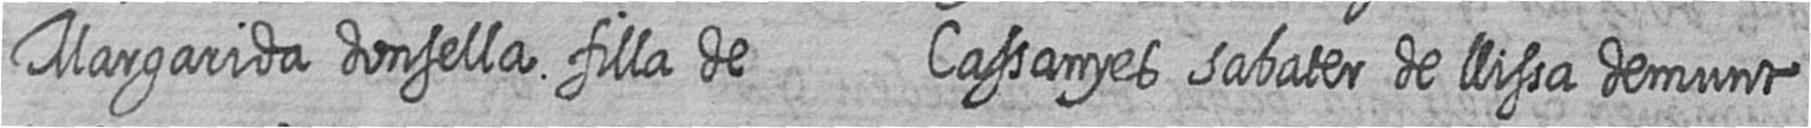
Margarida donsella filla de Cassanyes sabater de llissa demunt